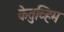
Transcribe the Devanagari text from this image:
केतुव्हिम